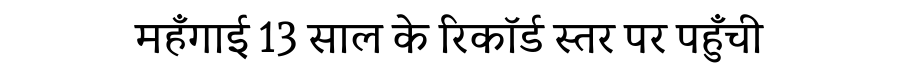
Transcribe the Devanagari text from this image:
महँगाई 13 साल के रिकॉर्ड स्तर पर पहुँची